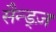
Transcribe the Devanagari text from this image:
सैन्ड्ज़